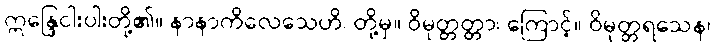
ဣန္ဒြေငါးပါးတို့၏။ နာနာကိလေသေဟိ၊ တို့မှ။ ဝိမုတ္တတ္တာ၊ ကြောင့်။ ဝိမုတ္တရသေန၊